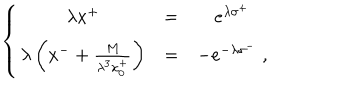
\left\{ \begin{array} { c c c } { { \lambda x ^ { + } } } & { { = } } & { { e ^ { \lambda \sigma ^ { + } } } } \\ { { \lambda \left( x ^ { - } + { \frac { M } { \lambda ^ { 3 } x _ { 0 } ^ { + } } } \right) } } & { { = } } & { { - e ^ { - \lambda \sigma ^ { - } } \; , } } \\ \end{array} \right.